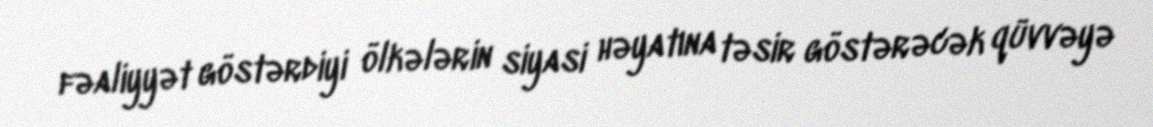
fəaliyyət göstərdiyi ölkələrin siyasi həyatına təsir göstərəcək qüvvəyə